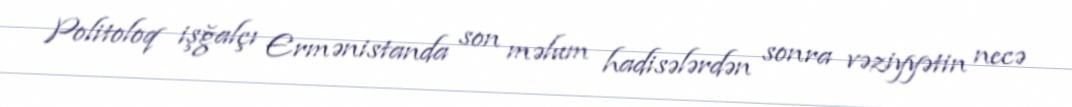
Politoloq işğalçı Ermənistanda son məlum hadisələrdən sonra vəziyyətin necə